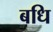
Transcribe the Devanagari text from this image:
बधि